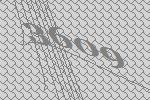
3609